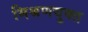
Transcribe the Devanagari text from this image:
मिश्रणयुक्त